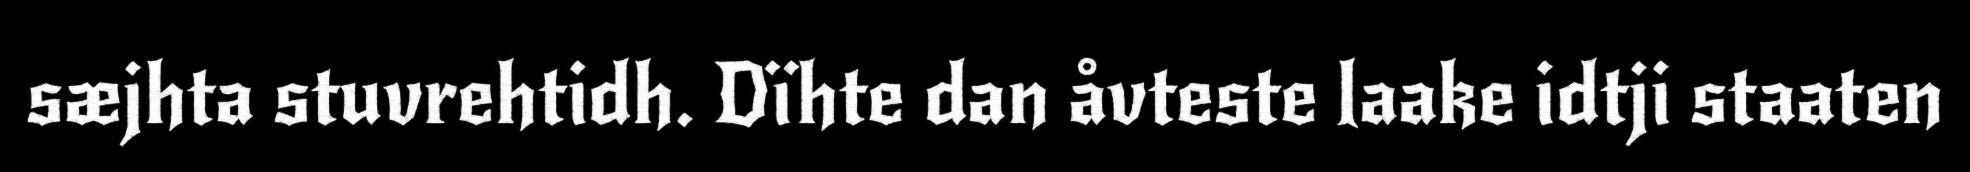
sæjhta stuvrehtidh. Dïhte dan åvteste laake idtji staaten